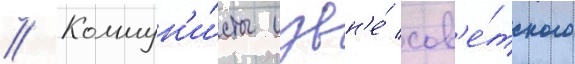
// Коммун'и́сты извн'е́ сов'е́тского